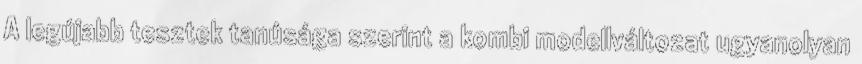
A legújabb tesztek tanúsága szerint a kombi modellváltozat ugyanolyan